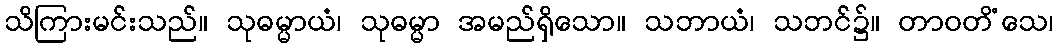
သိကြားမင်းသည်။ သုဓမ္မာယံ၊ သုဓမ္မာ အမည်ရှိသော။ သဘာယံ၊ သဘင်၌။ တာဝတိံသေ၊